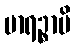
မာရဉ္စာပိ